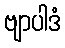
ဗျာပါဒံ